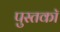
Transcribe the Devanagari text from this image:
पुस्तकॉ